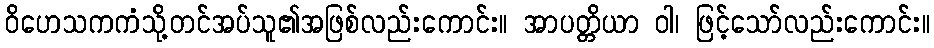
ဝိဟေသကကံသို့တင်အပ်သူ၏အဖြစ်လည်းကောင်း။ အာပတ္တိယာ ဝါ၊ ဖြင့်သော်လည်းကောင်း။